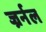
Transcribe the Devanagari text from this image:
ज्रर्नल